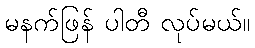
မနက်ဖြန် ပါတီ လုပ်မယ်။